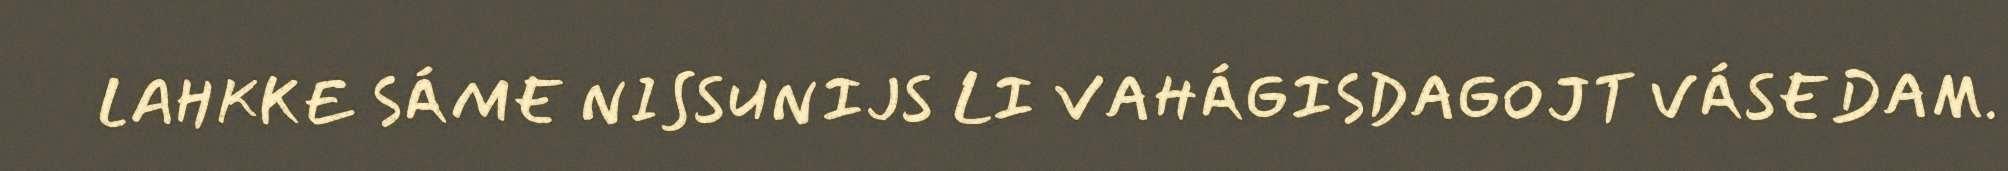
LAHKKE SÁME NISSUNIJS LI VAHÁGISDAGOJT VÁSEDAM.